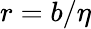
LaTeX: r=b/\eta